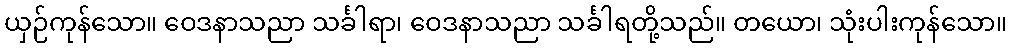
ယှဉ်ကုန်သော။ ဝေဒနာသညာ သင်္ခါရာ၊ ဝေဒနာသညာ သင်္ခါရတို့သည်။ တယော၊ သုံးပါးကုန်သော။